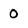
Character: 0